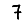
Digit: 7